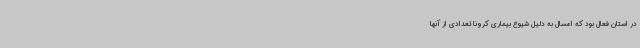
در استان فعال بود که امسال به دلیل شیوع بیماری کرونا تعدادی از آنها